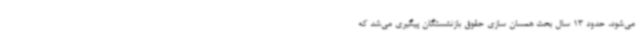
می‌شود، حدود 13 سال بحث همسان سازی حقوق بازنشستگان پیگیری می‌شد که